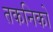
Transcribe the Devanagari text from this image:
तकनिको